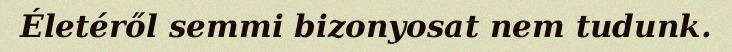
Életéről semmi bizonyosat nem tudunk.